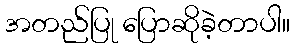
အတည်ပြု ပြောဆိုခဲ့တာပါ။